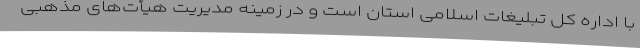
با اداره کل تبلیغات اسلامی استان است و در زمینه مدیریت هیأت‌های مذهبی